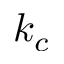
k _ { c }